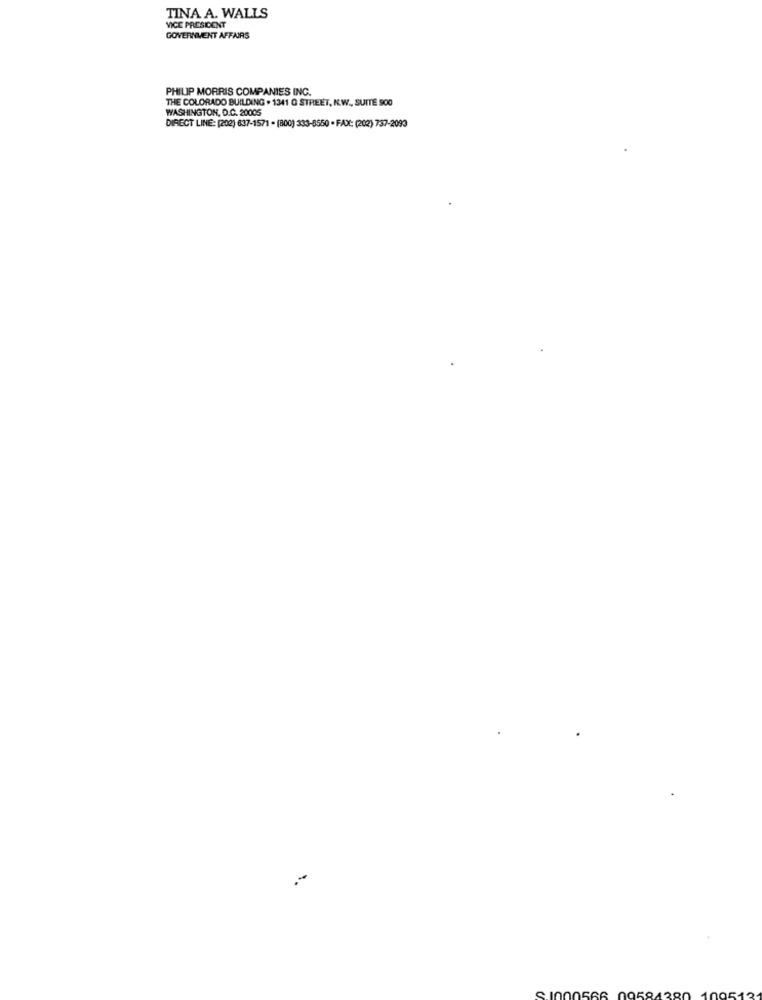
TINA A. WALLS
VICE PRESIDENT
GOVERNMENT AFFAIRS
PHILIP MORRIS COMPANIES INC.
THE COLORADO BUILDING . 1341 G STREET, KL.W ., SUITE 900
WASHINGTON, D.C. 20005
DIRECT LINE: [202) 637-1571 - (800) 333-8550 - FAX: (202) 737-2093
100